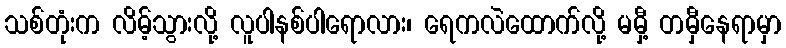
သစ်တုံးက လိမ့်သွားလို့ လူပါနစ်ပါရောလား၊ ရေကလဲထောက်လို့ မမှီ့ တမှီနေရာမှာ